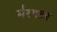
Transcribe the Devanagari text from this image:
म॑रगतम